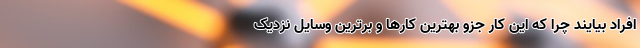
افراد بیایند چرا که این کار جزو بهترین کارها و برترین وسایل نزدیک